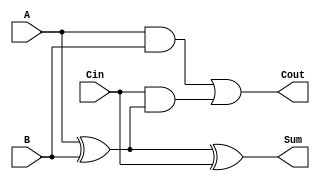
module FullAdder (
    input wire A,      // First input bit
    input wire B,      // Second input bit
    input wire Cin,    // Carry-in bit
    output wire Sum,   // Sum output bit
    output wire Cout   // Carry-out bit
);

// Intermediate signals
wire AxorB; // Intermediate XOR result

// Logic for Sum
assign AxorB = A ^ B;           // First XOR
assign Sum = AxorB ^ Cin;       // Second XOR for final Sum

// Logic for Cout
assign Cout = (A & B) | (Cin & AxorB); // OR of two AND terms

endmodule